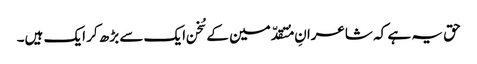
حق یہ ہے کہ شاعرانِ مُتقدّمین کے سُخن ایک سے بڑھ کر ایک ہیں۔